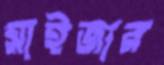
মাইজার